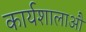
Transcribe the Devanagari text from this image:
कार्यशालाऔ